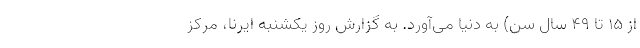
از ۱۵ تا ۴۹ سال سن) به دنیا می‌آورد. به گزارش روز یکشنبه ایرنا، مرکز